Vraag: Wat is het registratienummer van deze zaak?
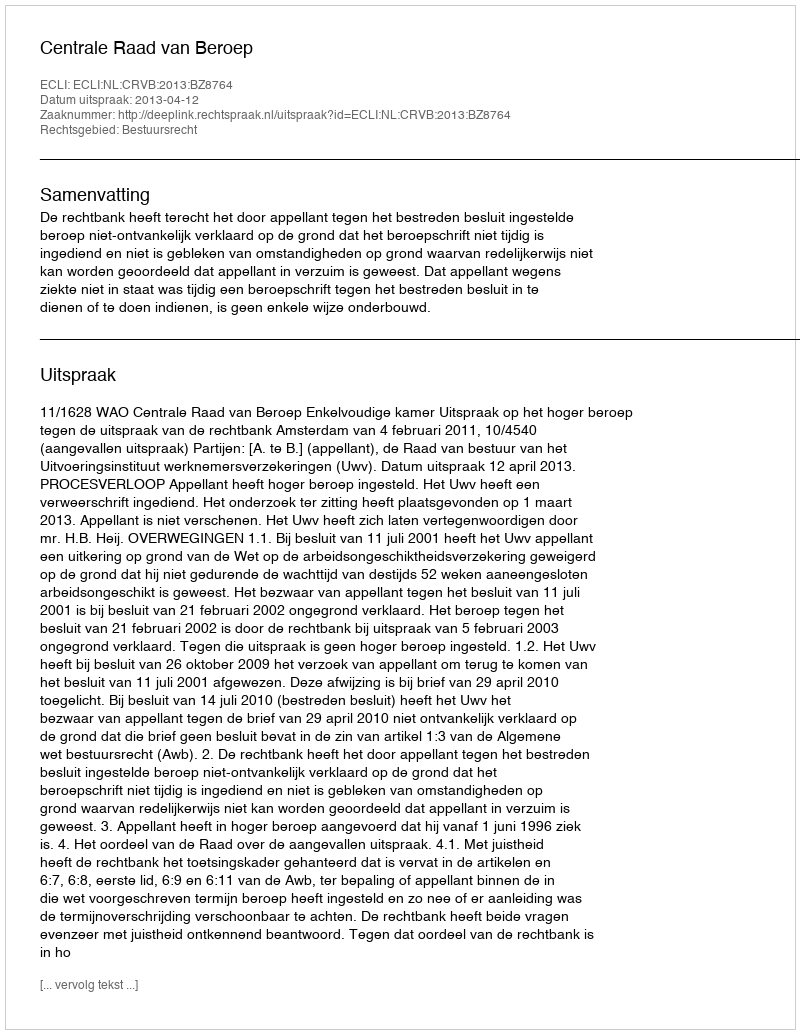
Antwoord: http://deeplink.rechtspraak.nl/uitspraak?id=ECLI:NL:CRVB:2013:BZ8764